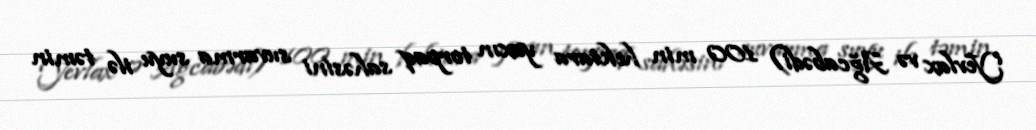
Yevlax və Ağcabədi) 100 min hektara yaxın torpaq sahəsini suvarma suyu ilə təmin